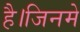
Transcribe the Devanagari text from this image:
है।जिनमे